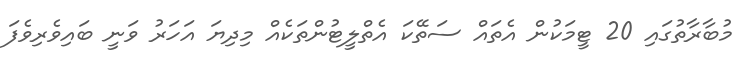
މުބާރާތުގައި 20 ޓީމަކުން އެތައް ސަތޭކަ އެތްލީޓުންތަކެއް މިދިޔަ އަހަރު ވަނީ ބައިވެރިވެފަ